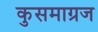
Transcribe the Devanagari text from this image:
कुसमाग्रज